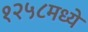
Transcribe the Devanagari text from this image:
१२५८मध्ये